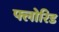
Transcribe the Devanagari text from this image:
फ्लोरिड